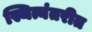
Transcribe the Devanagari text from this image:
स्थित्यंतरीत